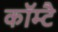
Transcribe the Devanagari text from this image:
कॉम्टै